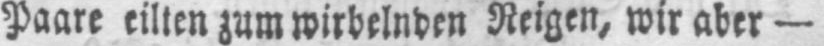
Paare eilten zum wirbelnden Reigen, wir aber -